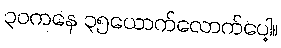
၃၀ကနေ ၃၅ယောက်လောက်ပေါ့။